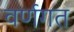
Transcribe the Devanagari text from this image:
वर्णगत